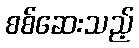
စစ်ဆေးသည့်